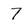
Character: 7